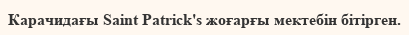
Карачидағы Saint Patrick's жоғарғы мектебін бітірген.